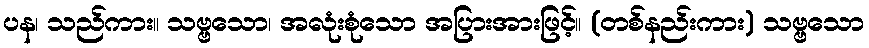
ပန၊ သည်ကား။ သဗ္ဗသော၊ အလုံးစုံသော အပြားအားဖြင့်။ (တစ်နည်းကား) သဗ္ဗသော